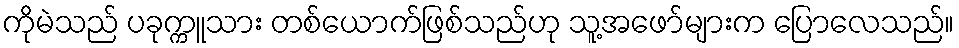
ကိုမဲသည် ပခုက္ကူသား တစ်ယောက်ဖြစ်သည်ဟု သူ့အဖော်များက ပြောလေသည်။